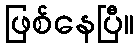
ဖြစ်နေပြီ။